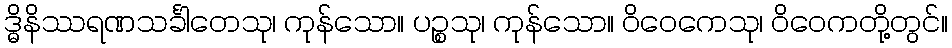
ဒ္ဓိနိဿရဏသင်္ခါတေသု၊ ကုန်သော။ ပဉ္စသု၊ ကုန်သော။ ဝိဝေကေသု၊ ဝိဝေကတို့တွင်။